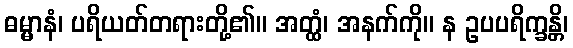
ဓမ္မာနံ၊ ပရိယတ်တရားတို့၏။ အတ္ထံ၊ အနက်ကို။ န ဥပပရိက္ခန္တိ၊